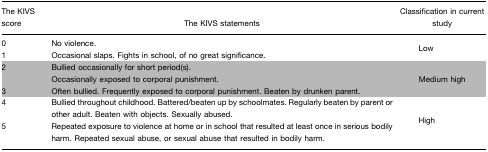
<table><thead><tr><td><b>The KIVS score</b></td><td><b>The KIVS statements</b></td><td><b>Classification in current study</b></td></tr></thead><tbody><tr><td>0</td><td>No violence.</td><td></td></tr><tr><td>1</td><td>Occasional slaps. Fights in school, of no great significance.</td><td>Low</td></tr><tr><td>2</td><td>Bullied occasionally for short period(s).Occasionally exposed to corporal punishment.</td><td>Medium high</td></tr><tr><td>3</td><td>Often bullied. Frequently exposed to corporal punishment. Beaten by drunken parent.</td><td></td></tr><tr><td>4</td><td>Bullied throughout childhood. Battered/beaten up by schoolmates. Regularly beaten by parent or other adult. Beaten with objects. Sexually abused.</td><td rowspan="2">High</td></tr><tr><td>5</td><td>Repeated exposure to violence at home or in school that resulted at least once in serious bodily harm. Repeated sexual abuse, or sexual abuse that resulted in bodily harm.</td></tr></tbody></table>